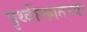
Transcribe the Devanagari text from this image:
पृथ्वीलगतच्या